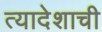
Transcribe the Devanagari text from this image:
त्यादेशाची